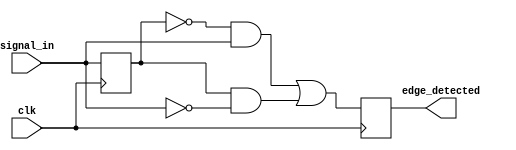
module differential_edge_detector (
    input wire clk,            // Clock signal
    input wire signal_in,      // Input signal
    output reg edge_detected    // Output signal indicating edge detection
);

    reg previous_state;        // Memory element to store the previous state of signal_in

    // Always block to capture the input signal on the rising edge of the clock
    always @(posedge clk) begin
        // Edge detection logic
        edge_detected <= (previous_state == 0 && signal_in == 1) || (previous_state == 1 && signal_in == 0);
        
        // Update the previous state with the current input signal
        previous_state <= signal_in;
    end

endmodule